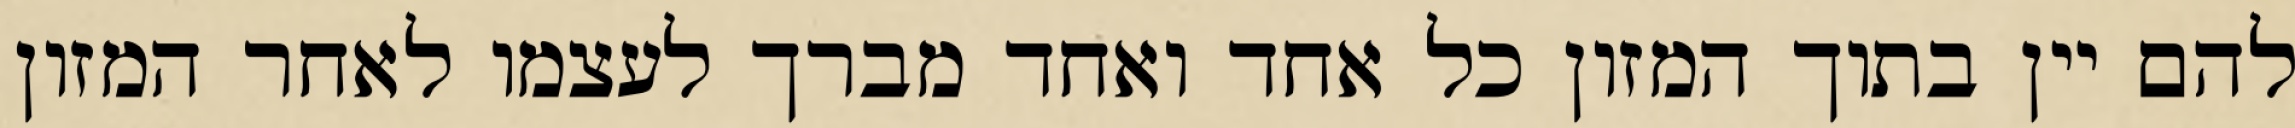
להם יין בתוך המזון כל אחד ואחד מברך לעצמו לאחר המזון